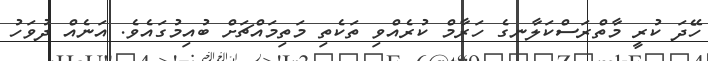
ހޭދަ ކުރީ މާތްރަސްކަލާނގެ ހަރާމް ކުރެއްވި ތަކެތި މަތިމައްޗަށް ބުއިމުގައެވެ. އަނެއް ދުވަހު